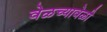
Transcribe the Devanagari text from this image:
वेळच्यावेळी